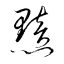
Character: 黯